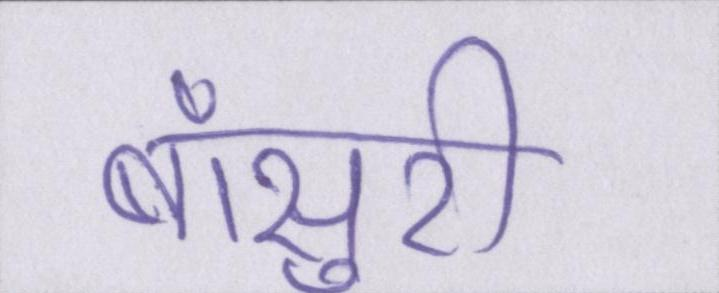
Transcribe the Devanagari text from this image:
बाँसुरी